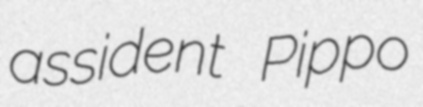
assident Pippo